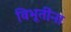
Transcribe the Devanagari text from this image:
विभूतींना